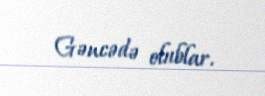
Gəncədə olublar.